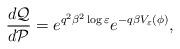
LaTeX: \begin{align*}\frac{d\mathcal{Q}}{d\mathcal{P}} = e^{q^2\beta^2\log\varepsilon} e^{-q\beta V_\varepsilon(\phi)},\end{align*}